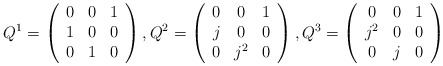
\begin{align*}Q^1=\left( \begin{array}{ccc}0 & 0 & 1 \\ 1 & 0 & 0 \\ 0 & 1 & 0\end{array}\right) ,Q^2=\left( \begin{array}{ccc}0 & 0 & 1 \\ j & 0 & 0 \\ 0 & j^2 & 0\end{array}\right) ,Q^3=\left( \begin{array}{ccc}0 & 0 & 1 \\ j^2 & 0 & 0 \\ 0 & j & 0\end{array}\right)\end{align*}